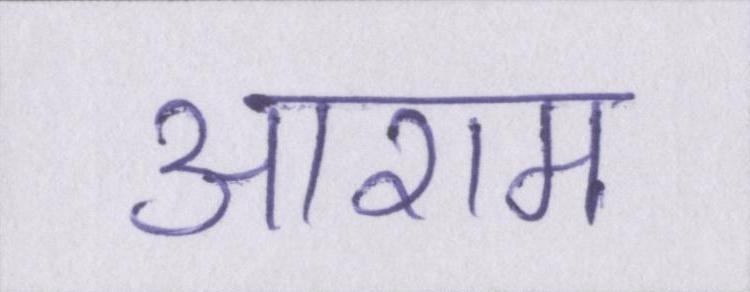
आराम